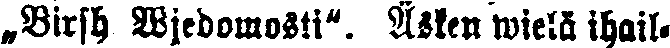
„Birsh Wjedomosti". Äsken wielä ihal-